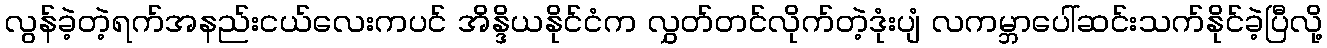
လွန်ခဲ့တဲ့ရက်အနည်းငယ်လေးကပင် အိန္ဒိယနိုင်ငံက လွှတ်တင်လိုက်တဲ့ဒုံးပျံ လကမ္ဘာပေါ်ဆင်းသက်နိုင်ခဲ့ပြီလို့